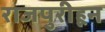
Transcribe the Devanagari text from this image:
राजपुरीहून